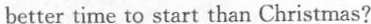
better time to start than Christmas?